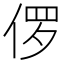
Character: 㑩